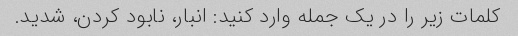
کلمات زیر را در یک جمله وارد کنید: انبار، نابود کردن، شدید.